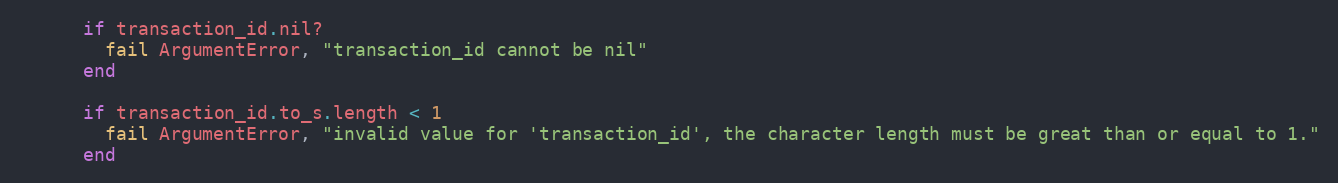
Language: Ruby
      if transaction_id.nil?
        fail ArgumentError, "transaction_id cannot be nil"
      end

      if transaction_id.to_s.length < 1
        fail ArgumentError, "invalid value for 'transaction_id', the character length must be great than or equal to 1."
      end